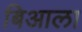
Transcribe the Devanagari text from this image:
बिआला